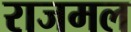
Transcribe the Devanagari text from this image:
राजमल